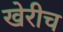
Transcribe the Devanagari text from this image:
खेरीच